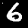
Label: 6